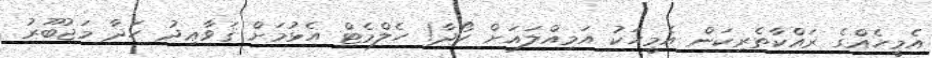
އެމީހެއްގެ ރައްކާތެރިކަން އެމީހަކު އަމިއްލައަށް ހޯދާ! ހެލްމެޓް އެޅުމަށް ޤަވާޢިދު ހަދާ މަޖުބޫރު